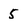
Character: 5